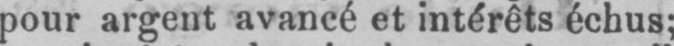
pour argent avancé et intérêts échus;